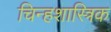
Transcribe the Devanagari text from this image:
चिन्हशास्त्रिक